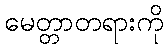
မေတ္တာတရားကို